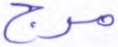
مرج